Lunatic asylums Madras 1877-1891 - 1877-1891
Year: 1877
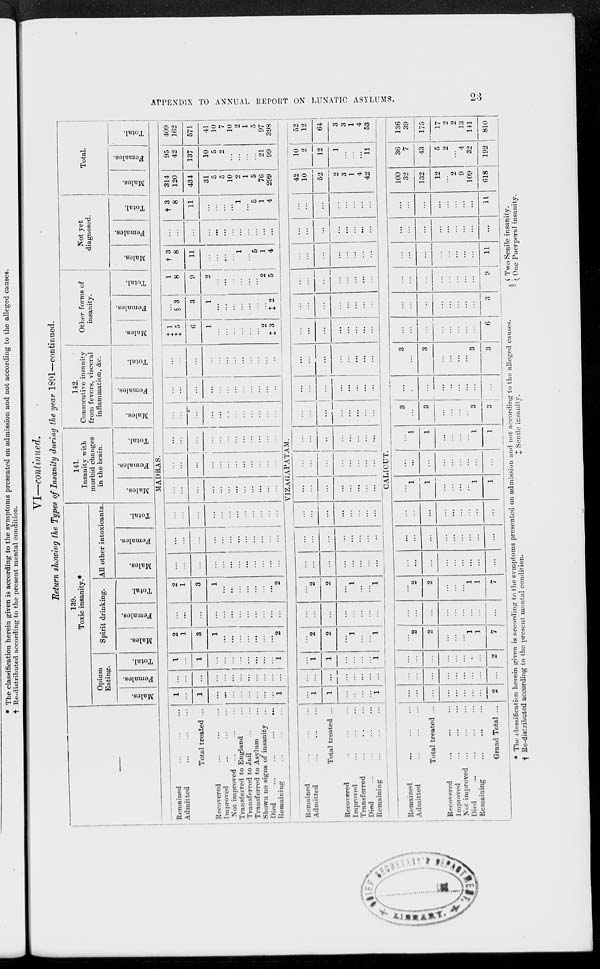
APPENDIX TO ANNUAL REPORT ON LUNATIC ASYLUMS.
23
VI—continued.
Return showing the Types of Insanity during the year 1891—continued.
—
139.
Toxic insanity.*
Opium
Eating.
Males.
Females.
Total.
Spirit drinking.
Males.
Females.
Total.
All other intoxicants.
Males.
Females.
Total.
141.
Insanity with
morbid changes
in the brain.
Males.
Females.
Total.
142.
Consecutive insanity
from fevers, visceral
inflammation, &c.
Males.
Females.
Total.
Other forms of
insanity.
Males.
Females.
Total.
Not yet
diagnosed.
Males.
Females.
Total.
Total.
Males.
Females.
Total.
MADRAS.
Remained ... ... ...
Admitted ... ... ...
Total treated ...
Recovered
...
...
...
Improved ... ... ...
Not improved ... ... ...
Transferred to England ...
Transferred to Jail
...
...
Transferred to Asylum ...
Shown no signs of insanity ...
Died
...
...
...
...
Remaining ... ... ...
1
...
1
...
...
...
...
...
...
...
...
1
...
...
...
...
...
...
...
...
...
...
...
...
1
...
1
...
...
...
...
...
...
...
...
1
2
1
3
1
...
...
...
...
...
...
...
2
...
...
...
...
...
...
...
...
...
...
...
...
2
1
3
1
...
...
...
...
...
...
...
2
...
...
...
...
...
...
...
...
...
...
...
...
...
...
...
...
...
...
...
...
...
...
...
...
...
...
...
...
...
...
...
...
...
...
...
...
...
...
...
...
...
...
...
...
...
...
...
...
...
...
...
...
...
...
...
...
...
...
...
...
...
...
...
...
...
...
...
...
...
...
...
...
...
...
...
...
...
...
...
...
...
...
...
...
...
...
...
...
...
...
...
...
...
...
...
...
...
...
...
...
...
...
...
...
...
...
...
...
‡ 1
‡ 5
6
1
...
...
...
...
...
...
2
‡ 3
...
§ 3
3
1
...
...
...
...
...
...
...
‡ 2
1
8
9
2
...
...
...
...
...
...
2
5
† 3
8
11
...
...
...
...
1
...
5
1
4
...
...
...
...
...
...
...
...
...
...
...
...
† 3
8
11
...
...
...
...
1
...
5
1
4
314
120
434
31
5
5
10
2
1
5
76
299
95
42
137
10
5
2
...
...
...
...
21
99
409
162
571
41
10
7
10
2
1
5
97
398
VIZAGAPATAM.
Remained ... ... ...
Admitted ... ... ...
Total treated ...
Recovered ... ... ...
Improved ... ... ...
Transferred ... ... ...
Died
...
...
...
...
Remaining ... ... ...
...
1
1
...
..
...
...
1
...
...
...
...
...
...
...
...
...
1
1
...
...
...
...
1
...
2
2
...
1
...
...
1
...
...
...
...
...
...
...
...
...
2
2
...
1
...
...
1
...
...
...
...
...
...
...
...
...
...
...
...
...
...
...
...
...
...
...
...
...
...
...
...
...
...
...
...
...
...
...
...
...
...
...
...
...
...
...
...
...
...
...
...
...
...
...
...
...
...
...
...
...
...
...
...
...
...
...
...
...
...
...
...
...
...
...
...
...
...
...
...
...
...
...
...
...
...
...
...
...
...
...
...
...
...
...
...
...
...
...
...
...
...
...
...
...
...
...
...
...
...
...
...
...
...
...
...
...
...
...
...
...
...
...
...
...
...
...
...
42
10
52
2
3
1
4
42
10
2
12
1
...
...
...
11
52
12
64
3
3
1
4
53
CALICUT.
Remained ... ... ...
Admitted ... ... ...
Total treated ...
Recovered ... ... ...
Improved ... ... ...
Not improved ... ... ...
Died
...
...
...
Remaining ... ... ...
Grand Total ...
...
...
...
...
...
...
...
...
2
...
...
...
...
...
...
...
...
...
...
...
...
...
...
...
...
...
2
...
2
2
...
...
...
1
1
7
...
...
...
...
...
...
...
...
...
...
2
2
...
...
...
1
1
7
...
...
...
...
...
...
...
...
...
...
...
...
...
...
...
...
...
...
...
...
...
...
...
...
...
...
...
...
1
1
...
...
...
...
1
1
...
...
...
...
...
...
...
...
...
...
1
1
...
...
...
...
1
1
3
...
3
...
...
...
...
3
3
...
...
...
...
..
...
...
...
...
3
...
3
...
...
...
...
3
3
...
...
...
...
...
...
...
6
...
...
...
...
...
...
...
...
3
...
...
...
...
...
...
...
...
9
...
...
...
...
...
...
...
...
11
...
...
...
...
...
...
...
...
...
...
...
...
...
...
...
...
...
11
100
32
132
12
...
2
9
109
618
36
7
43
5
2
...
4
32
192
136
39
175
17
2
2
13
141
810
* The classification herein given is according to the symptoms presented on admission and not according to the alleged causes.
§
Two Senile insanity.
† Re-distributed according to the present mental condition.
‡
Senile insanity.
One Puerperal insanity.